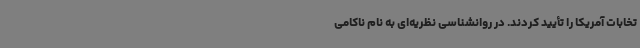
تخابات آمریکا را تأیید کردند. در روانشناسی نظریه‌ای به نام ناکامی